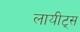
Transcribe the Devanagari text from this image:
लायीट्स